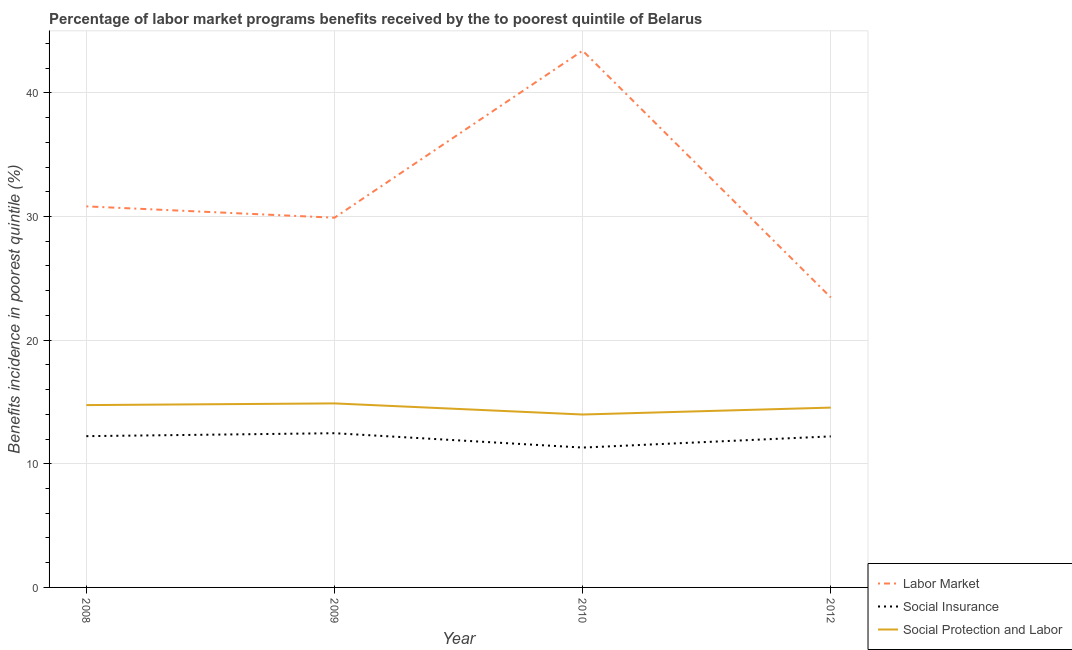
| Year | Labor Market | Social Insurance | Social Protection and Labor |
 | --- | --- | --- | --- |
 | 2008 | 30.8 | 12.2 | 14.7 |
 | 2009 | 29.9 | 12.5 | 14.9 |
 | 2010 | 43.4 | 11.3 | 14 |
 | 2012 | 23.5 | 12.2 | 14.5 |